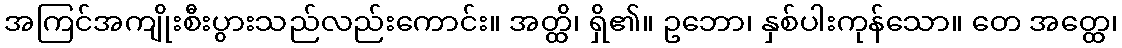
အကြင်အကျိုးစီးပွားသည်လည်းကောင်း။ အတ္ထိ၊ ရှိ၏။ ဥဘော၊ နှစ်ပါးကုန်သော။ တေ အတ္ထေ၊